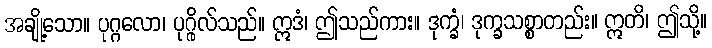
အချို့သော။ ပုဂ္ဂလော၊ ပုဂ္ဂိုလ်သည်။ ဣဒံ၊ ဤသည်ကား။ ဒုက္ခံ၊ ဒုက္ခသစ္စာတည်း။ ဣတိ၊ ဤသို့။